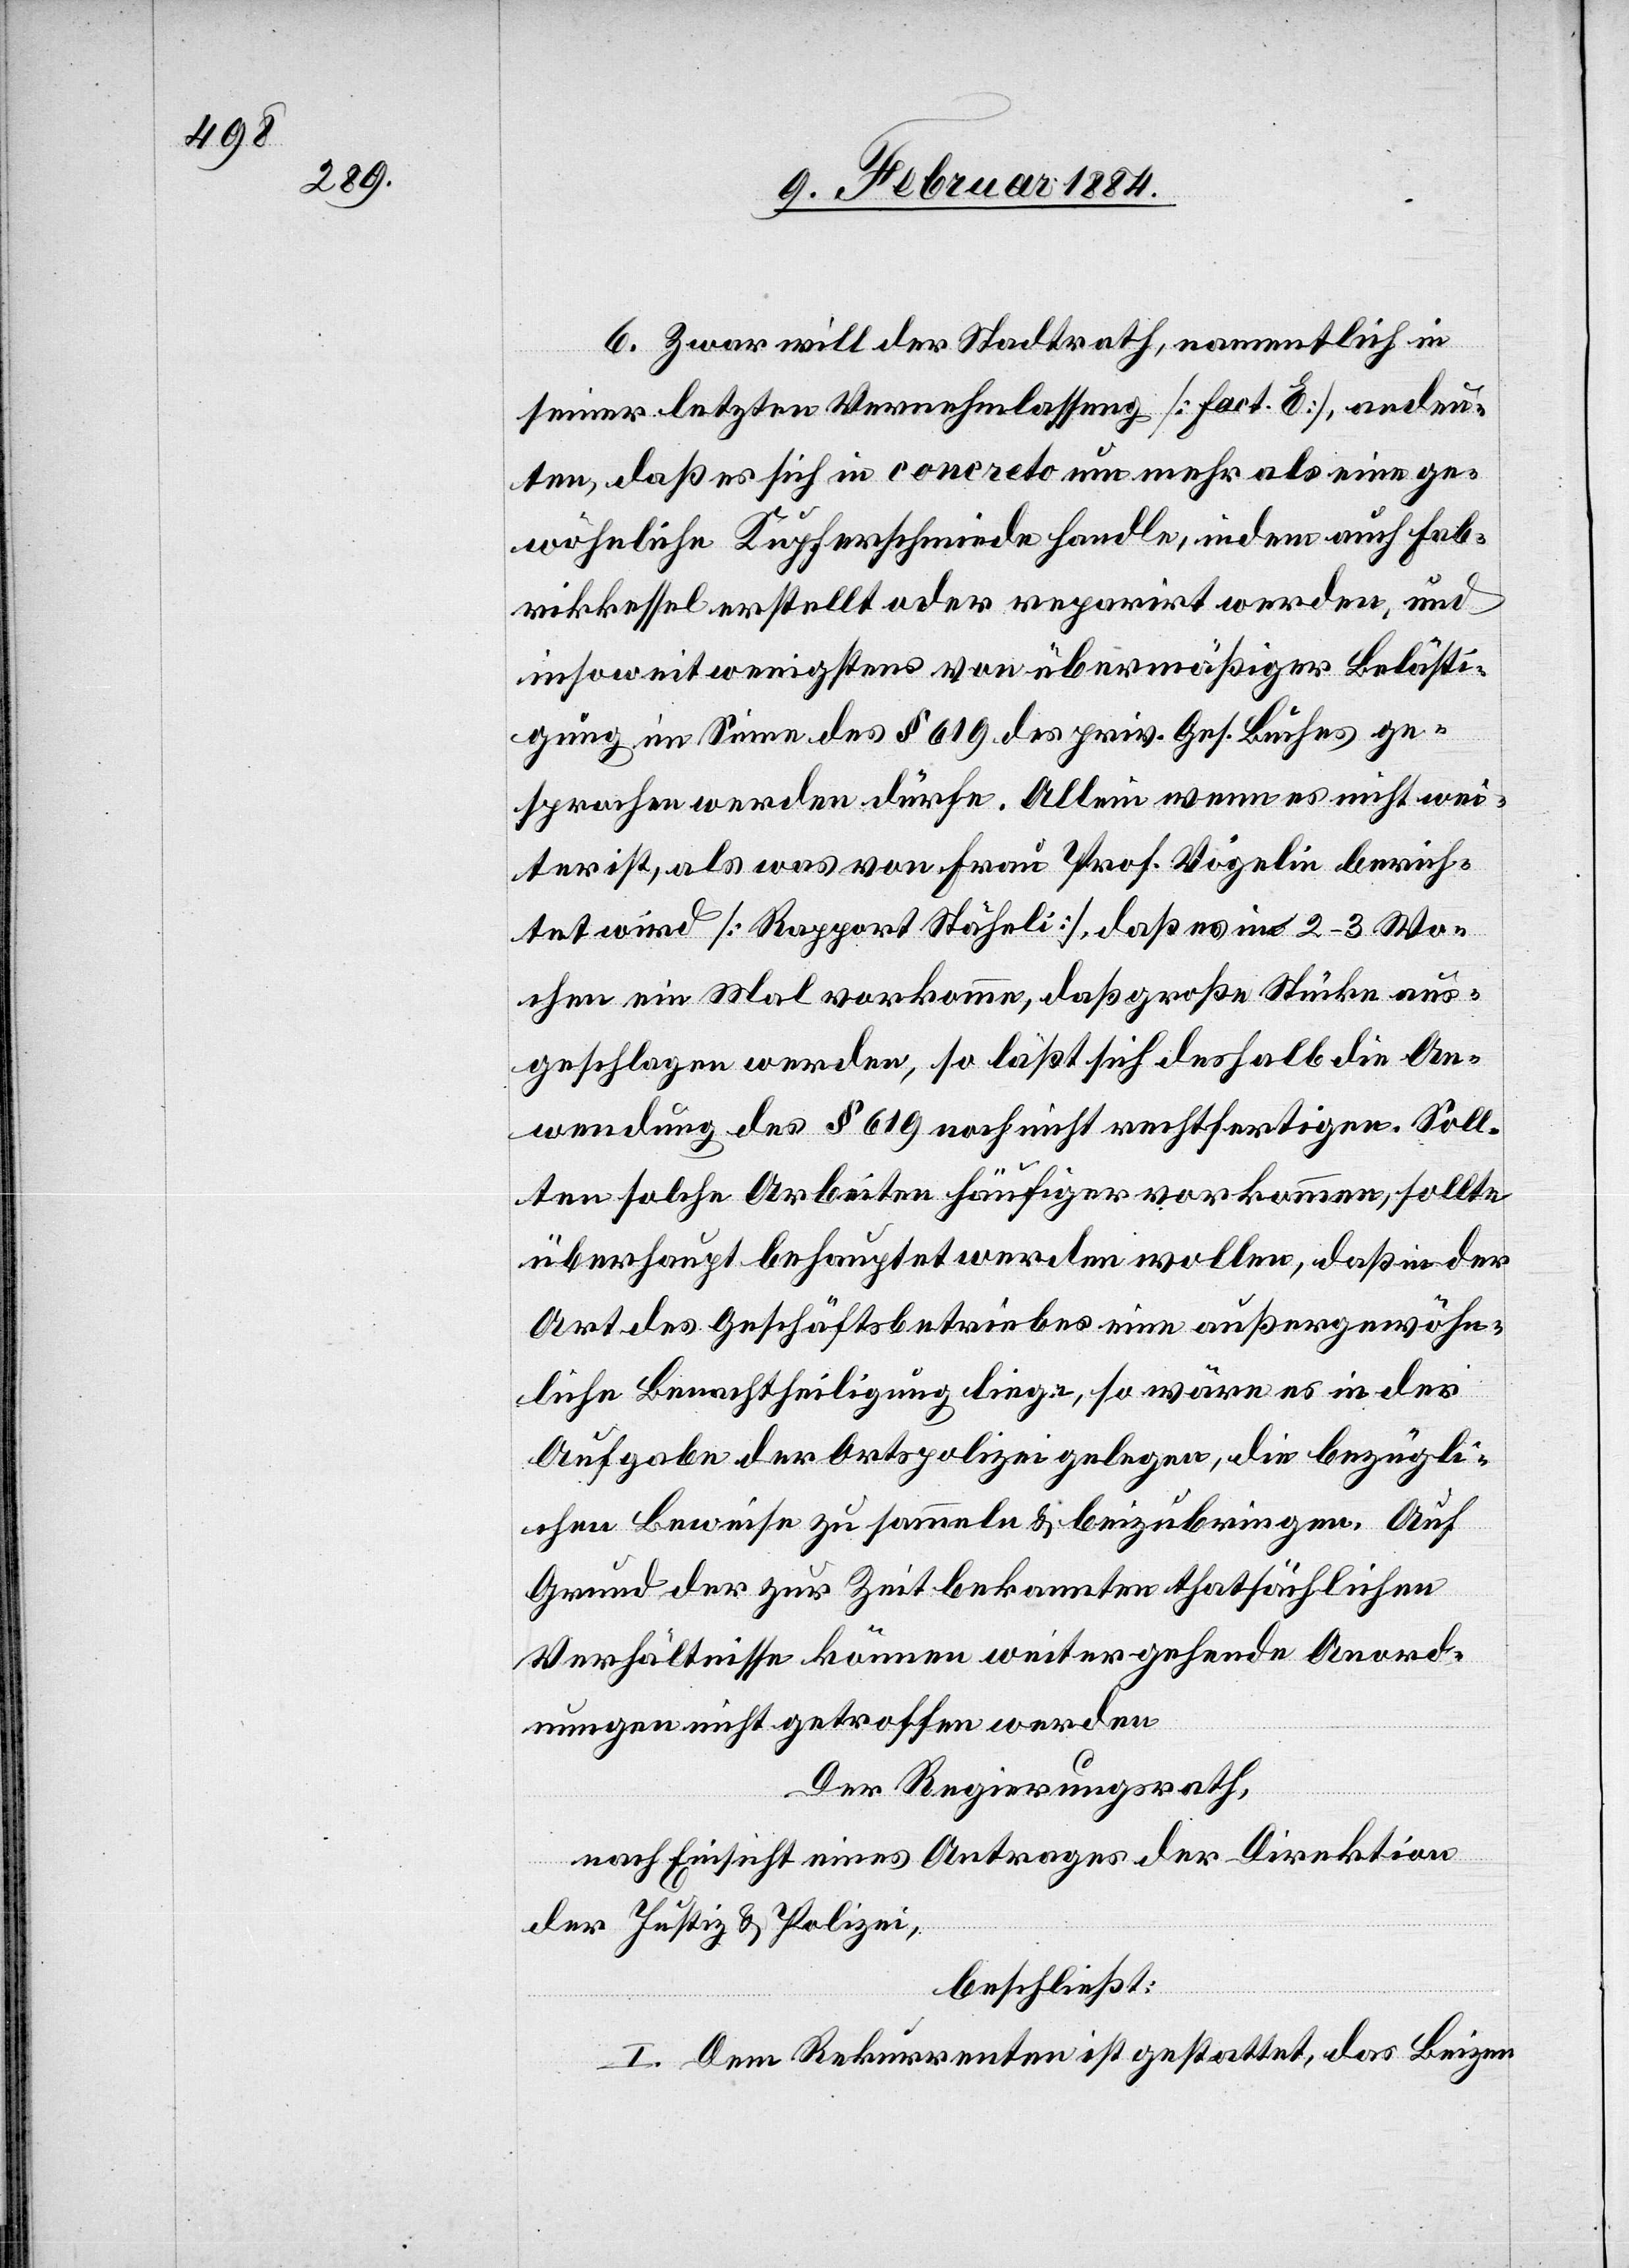
6. Zwar will der Stadtrath, namentlich in
seiner letzten Vernehmlassung [Fact. E], andeu¬
ten, daß es sich in concreto um mehr als eine ge¬
wöhnliche Kupferschmiede handle, indem auch Fab¬
rikkessel erstellt oder reparirt werden, und
insoweit wenigstens von übermäßiger Belästi¬
gung im Sinne des § 619 des priv. Ges. Buches ge¬
sprochen werden dürfe. Allein wenn es nichts wei¬
ter ist, als was von Frau Prof. Vögelin berich¬
tet wird [Rapport Stäheli], daß es in 2–3 Wo¬
chen ein Mal vorkomme, daß große Stücke aus¬
geschlagen werden, so lässt sich deshalb die An¬
wendung des § 619 noch nicht rechtfertigen. Soll¬
ten solche Arbeiten häufiger vorkommen, sollte
überhaupt behauptet werden wollen, daß in der
Art des Geschäftsbetriebes eine außergewöhn¬
liche Benachtheiligung liege, so wäre es in der
Aufgabe der Ortspolizei gelegen, die bezügli¬
chen Beweise zu sammeln & beizubringen. Auf
Grund der zur Zeit bekannten thatsächlichen
Verhältnisse können weitergehende Anord¬
nungen nicht getroffen werden.
Der Regierungsrath,
nach Einsicht eines Antrages der Direktion
der Justiz & Polizei,
beschließt:
I. Dem Rekurrenten ist gestattet, das Beizen